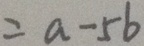
= a - 5 b